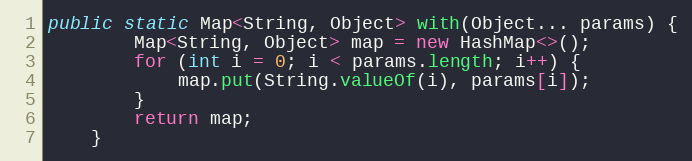
Language: Java
public static Map<String, Object> with(Object... params) {
        Map<String, Object> map = new HashMap<>();
        for (int i = 0; i < params.length; i++) {
            map.put(String.valueOf(i), params[i]);
        }
        return map;
    }